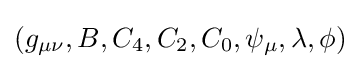
(g_{\mu \nu },B,C_{4},C_{2},C_{0},\psi _{\mu },\lambda ,\phi )